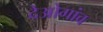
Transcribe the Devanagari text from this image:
देओगांव